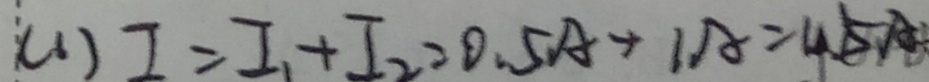
( 1 ) I = I _ { 1 } + I _ { 2 } = 0 . 5 A + 1 A = 1 . 5 A